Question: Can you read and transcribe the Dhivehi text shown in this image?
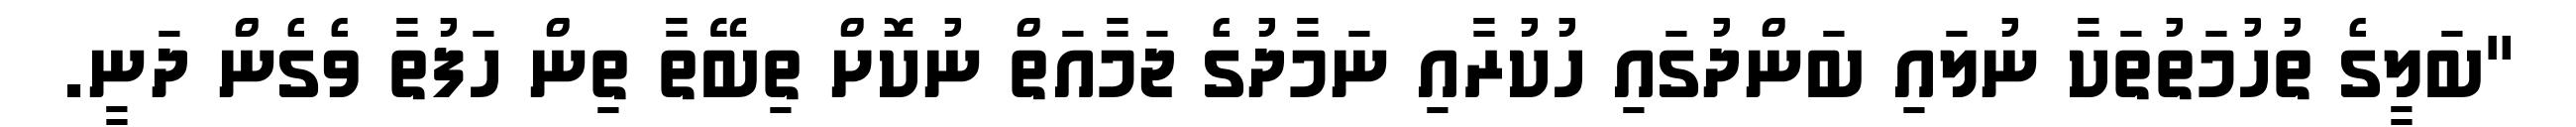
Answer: "ބަލީގެ ތުހުމަތުތަކާ ނުލައި ބަންދުގައި ހުކުރާއި ނަމާދުގެ ޖަމާއަތް ނުކޮށް ތިބޭތާ ތިން ހަފުތާ ވެގެން ދަނީ.